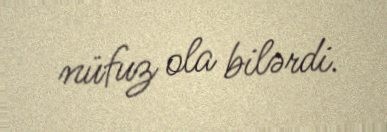
nüfuz ola bilərdi.